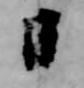
日